Scottish Certificate of Education, 1962
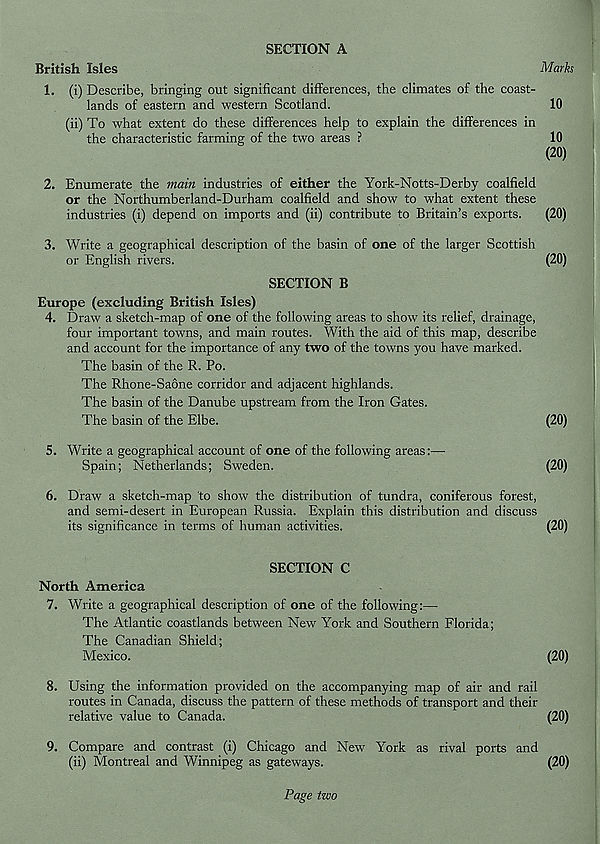
SECTION A
British Isles
Mark
1. (i) Describe, bringing out significant differences, the climates of the coast-
lands of eastern and western Scotland.
10
(ii) To what extent do these differences help to explain the differences in
the characteristic farming of the two areas ?
10
(20)
2. Enumerate the main industries of either the York-Notts-Derby coalfield
or the Northumberland-Durham coalfield and show to what extent these
industries (i) depend on imports and (ii) contribute to Britain’s exports.
(20)
3. Write a geographical description of the basin of one of the larger Scottish
or English rivers.
(20)
SECTION B
Europe (excluding British Isles)
4. Draw a sketch-map of one of the following areas to show its relief, drainage,
four important towns, and main routes. With the aid of this map, describe
and account for the importance of any two of the towns you have marked.
The basin of the R. Po.
The Rhone-Saone corridor and adjacent highlands.
The basin of the Danube upstream from the Iron Gates.
The basin of the Elbe.
(20)
5. Write a geographical account of one of the following areas:—
Spain; Netherlands; Sweden.
(20)
6. Draw a sketch-map to show the distribution of tundra, coniferous forest,
and semi-desert in European Russia. Explain this distribution and discuss
its significance in terms of human activities.
(20)
SECTION C
North America
7. Write a geographical description of one of the following:—
The Atlantic coastlands between New York and Southern Florida;
The Canadian Shield;
Mexico.
(20)
8. Using the information provided on the accompanying map of air and rail
routes in Canada, discuss the pattern of these methods of transport and their
relative value to Canada.
(20)
9. Compare and contrast (i) Chicago and New York as rival ports and
(ii) Montreal and Winnipeg as gateways.
(20)
Page two